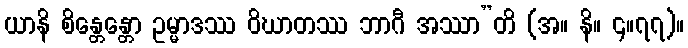
ယာနိ စိန္တေန္တော ဥမ္မာဒဿ ဝိဃာတဿ ဘာဂီ အဿာ”တိ (အ။ နိ။ ၄။၇၇)။